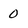
Character: O